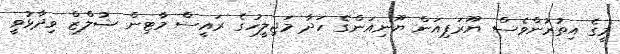
މީގެ އިތުރުންވެސް ޔޫރަޕިއަން ޔޫނިއަންގެ ހަދާ މަޖިލީހުގެ ރައީސް މާޓިން ޝުލްޒް ވިދާޅުވީ